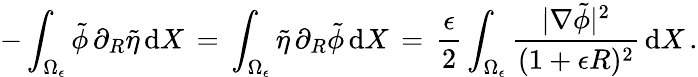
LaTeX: -\int_{\Omega_{\epsilon}}\tilde{\phi}\, \partial_{R}\tilde{\eta}\, \mathrm{d}X\, =\, \int_{\Omega_{\epsilon}}\tilde{\eta}\, \partial_{R}\tilde{\phi}\, \mathrm{d}X\, =\, \frac{\epsilon}{2}\int_{\Omega_{\epsilon}}\frac{|\nabla\tilde{\phi}|^{2}}{(1+\epsilon R)^{2}}\, \mathrm{d}X\, .